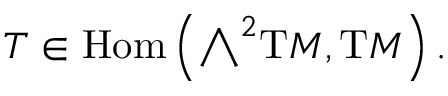
T \in \operatorname { H o m } \left( { \textstyle \bigwedge } ^ { 2 } \mathrm { { T } } M , \mathrm { { T } } M \right) .